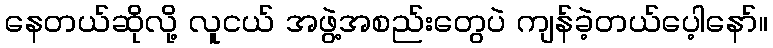
နေတယ်ဆိုလို့ လူငယ် အဖွဲ့အစည်းတွေပဲ ကျန်ခဲ့တယ်ပေ့ါနော်။